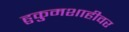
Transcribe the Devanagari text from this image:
हुकुमशाहीवर